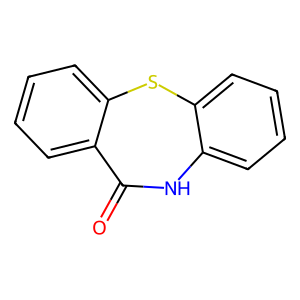
SMILES: O=C1Nc2ccccc2Sc2ccccc21
Inhibits HIV replication: Yes